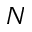
N